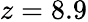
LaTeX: z=8.9